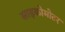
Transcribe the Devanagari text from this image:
साइकोमोटर